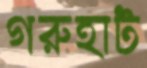
গরুহাট